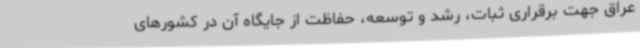
عراق جهت برقراری ثبات، رشد و توسعه، حفاظت از جایگاه آن در کشورهای